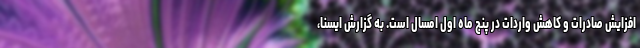
افزایش صادرات و کاهش واردات در پنج ماه اول امسال است. به گزارش ایسنا،